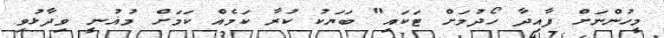
މީހުންނަށް ފާއިދާ ހޯދުމަށް ޓަކައި" ބަޔަކު ކުރާ ކަމެއް ކަަމަށް މުޣުނީ ވިދާޅުވި